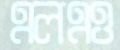
এলএও